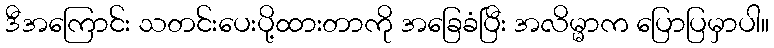
ဒီအကြောင်း သတင်းပေးပို့ထားတာကို အခြေခံပြီး အလိမ္မာက ပြောပြမှာပါ။